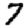
Digit: 7